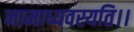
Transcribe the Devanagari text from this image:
नामाध्यवस्यति।।